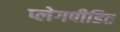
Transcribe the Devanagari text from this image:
प्लेगपीडित